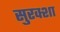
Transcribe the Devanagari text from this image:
सुरक्शा